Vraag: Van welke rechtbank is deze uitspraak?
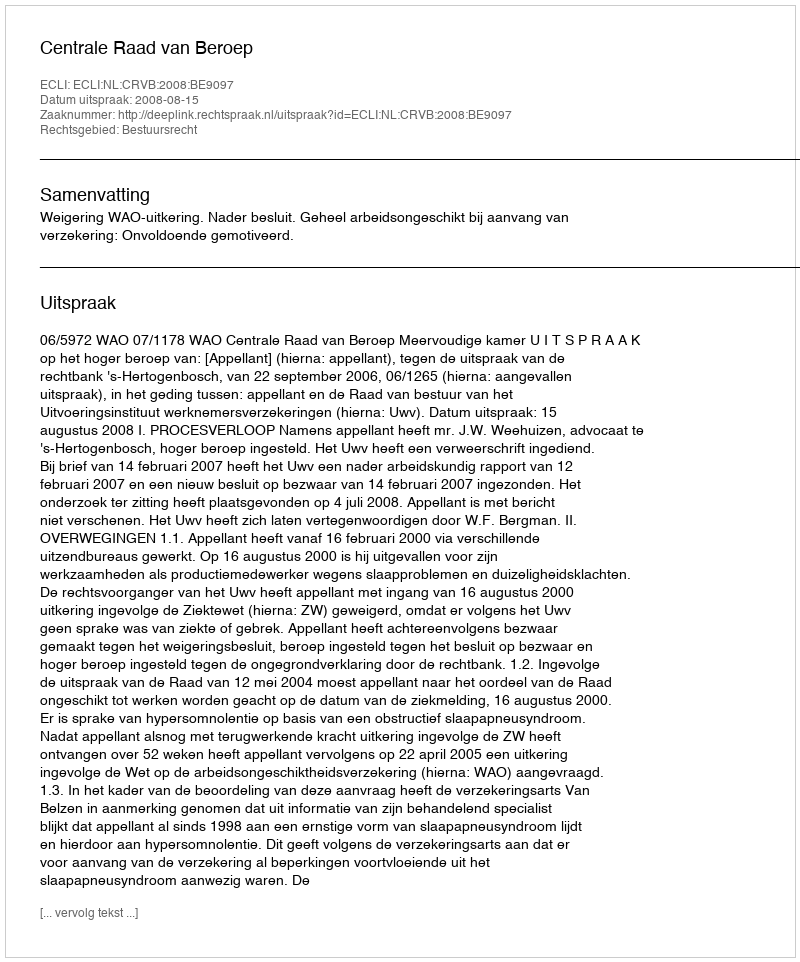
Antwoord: Centrale Raad van Beroep